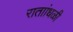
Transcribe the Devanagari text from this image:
राताांधळी